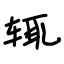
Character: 辄